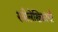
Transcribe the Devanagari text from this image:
स्त्रीलेखिकांची